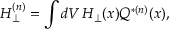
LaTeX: H _ { \perp } ^ { ( n ) } = \int d V \, H _ { \perp } ( x ) Q ^ { * ( n ) } ( x ) ,